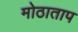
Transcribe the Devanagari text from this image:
मोठाताप